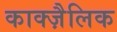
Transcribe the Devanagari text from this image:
काक्ज़ैलिक